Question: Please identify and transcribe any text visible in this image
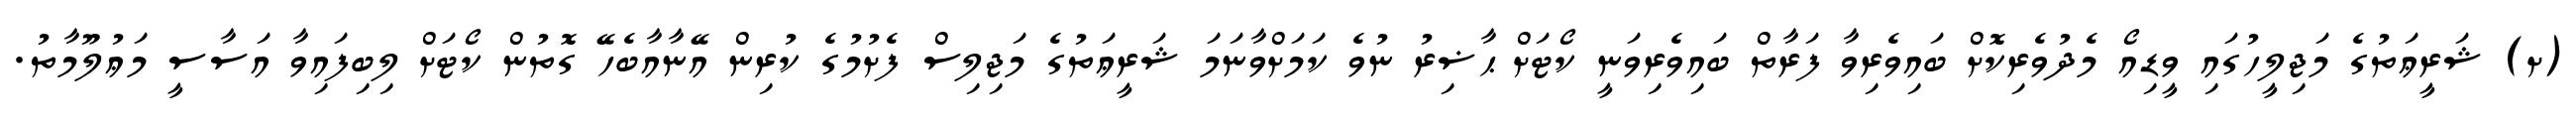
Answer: (ށ) ޝަރީޢަތުގެ މަޖިލީހުގައި ވީޑިއޯ މެދުވެރިކޮށް ބައިވެރިވާ ފަރާތް ބައިވެރިވަނީ ކޯޓަށް ޙާޟިރު ނުވެ ކަމަށްވާނަމަ ޝަރީޢަތުގެ މަޖިލިސް ފެށުމުގެ ކުރިން އޭނާއާބެހޭ ގޮތުން ކޯޓަށް ލިބިފައިވާ އަސާސީ މަޢުލޫމާތު.